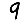
Digit: 9